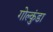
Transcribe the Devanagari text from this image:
गोल्कुंडा